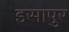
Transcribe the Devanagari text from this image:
इसापुर